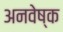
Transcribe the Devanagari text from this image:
अनवेष्क